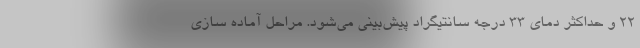
۲۲ و حداکثر دمای ۳۳ درجه سانتیگراد پیش‌بینی می‌شود. مراحل آماده سازی